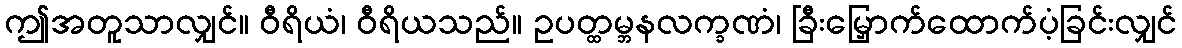
ဤအတူသာလျှင်။ ဝီရိယံ၊ ဝီရိယသည်။ ဥပတ္ထမ္ဘနလက္ခဏံ၊ ခြီးမြှောက်ထောက်ပံ့ခြင်းလျှင်